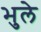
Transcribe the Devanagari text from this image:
भुले